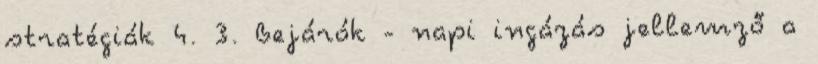
stratégiák 4. 3. Bejárók - napi ingázás jellemző a